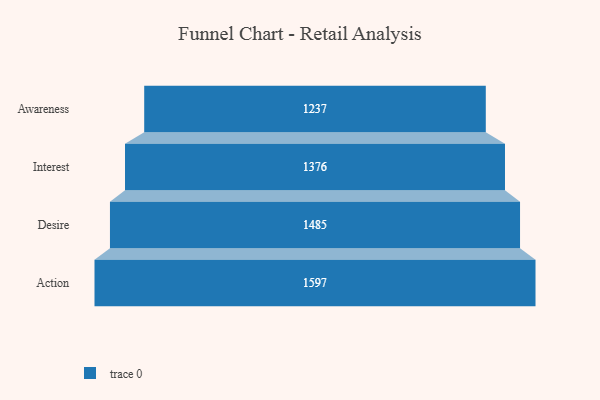
{"axis": {"x": "Stage", "y": "Value"}, "legend": [""], "data": [{"x": "Awareness", "y": 1237.0, "type": ""}, {"x": "Interest", "y": 1376.0, "type": ""}, {"x": "Desire", "y": 1485.0, "type": ""}, {"x": "Action", "y": 1597.0, "type": ""}]}